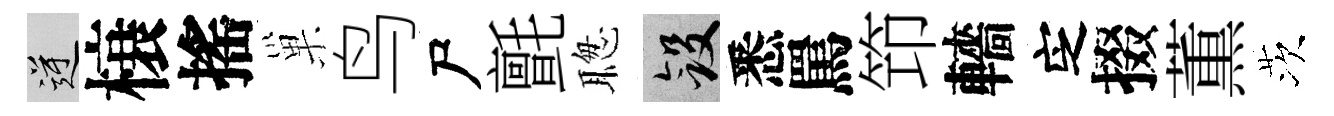
逆榱搖巢鸟尸氈聦斂悉罵笻轖㝎掇薫茨